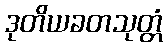
ဒုတိယခတသုတ္တံ